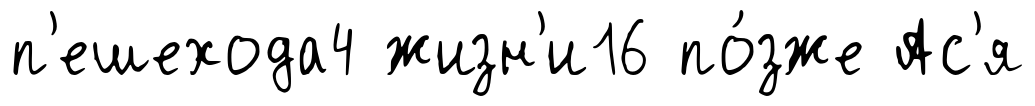
п'ешехода4 жизн'и16 по́зже Ас'я